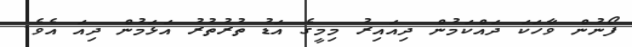
ފޯނުން ވާހަކަ ދައްކަމުން ދިއައިރު މިމީގެ އަޑު ތުރުތުރު އަޅަމުން ދިއަ އެވެ.